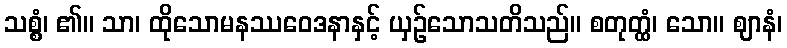
သစ္စံ၊ ၏။ သာ၊ ထိုသောမနဿဝေဒနာနှင့် ယှဉ်သောသတိသည်။ စတုတ္ထံ၊ သော။ ဈာနံ၊